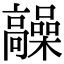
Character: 髞